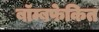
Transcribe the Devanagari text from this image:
बॉम्बफेकित